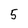
Character: 5